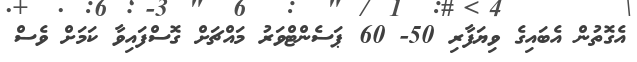
އެގޮތުން އެބައިގެ ވިޔަފާރި 50- 60 ޕަސެންޓްވަރު މައްޗަށް ގޮސްފައިވާ ކަމަށް ވެސް